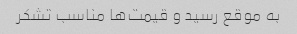
به موقع رسید و قیمت‌ها مناسب تشکر